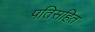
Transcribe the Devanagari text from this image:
पतिसहित